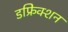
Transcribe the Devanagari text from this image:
डफ्रेिक्शन